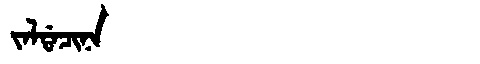
Manchu: ᠵᠠᠯᡩᠠᠴᡳᠨᠠ
Romanization: JALDACINA